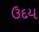
ઉદય